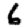
Digit: 6